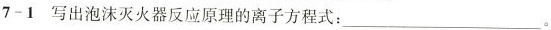
7-1写出泡沫灭火器反应原理的离子方程式：___ 。